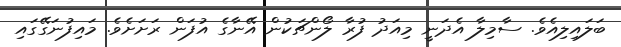
ބަލައިލިއެވެ. ސާމިލާ އެދަނީ މިއަދު ފުރާ ލޯންޗަކުން އޭނާގެ އުފަން ރަށަށެވެ. މައިފުނަގޭގައި